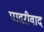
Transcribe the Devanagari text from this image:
पादरीवाद